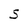
Character: S